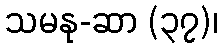
သမနု-ဆာ (၃၇)၊